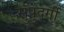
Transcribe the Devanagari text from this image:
सुपुदर्गी